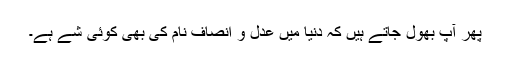
پھر آپ بھول جاتے ہیں کہ دنیا میں عدل و انصاف نام کی بھی کوئی شے ہے۔